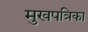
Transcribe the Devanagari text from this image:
मुखपत्रिका